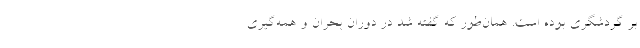
بر گردشگری بوده است. همان‌طور که گفته شد در دوران بحران و همه‌گیری